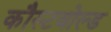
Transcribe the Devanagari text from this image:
कौस्टवोल्ड